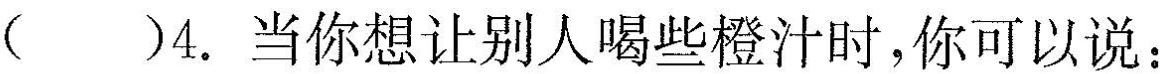
( )4.当你想让别人喝些橙汁时,你可以说: